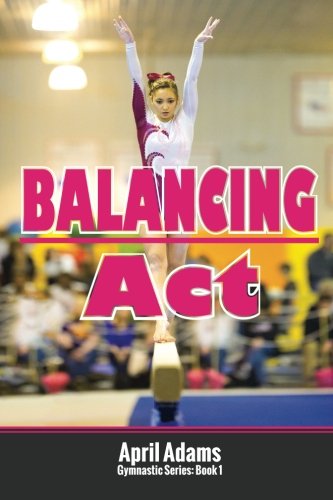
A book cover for Balancing Act: The Gymnastics Series #1; April Adams; Sports & Outdoors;